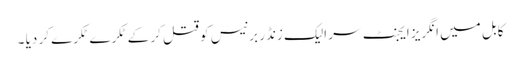
کابل میں انگریز ایجنٹ سر الیک زنڈر برنیس کو قتل کر کے ٹکرے ٹکرے کر دیا ۔